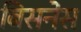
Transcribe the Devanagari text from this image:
बिसनेस